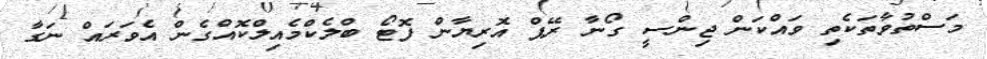
މަސްތުވާތަކެތި ވައްކަން ޖިންސީ ގޯނާ ރޭޕް އޮރިޔާން ފޮޓޯ ބްލެކްމެއިލްކޮއްގެން އެވަރައް ނަގާ